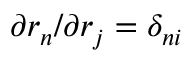
{ \partial r _ { n } } / { \partial r _ { j } } = \delta _ { n i }